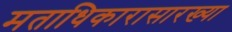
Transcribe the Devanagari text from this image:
मताधिकारासारख्या